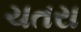
ચતરા